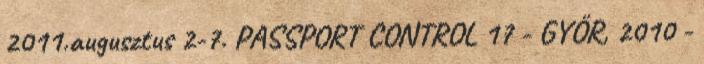
2011.augusztus 2-7. PASSPORT CONTROL 17 - GYŐR, 2010 -